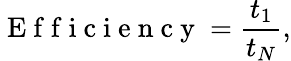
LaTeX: \mathrm{~E~f~f~i~c~i~e~n~c~y~}=\frac{t_{1}}{t_{N}},